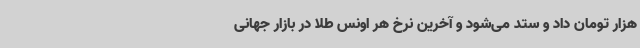
هزار تومان داد و ستد می‌شود و آخرین نرخ هر اونس طلا در بازار جهانی